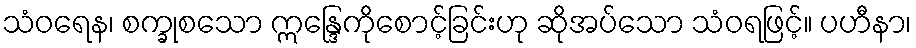
သံဝရေန၊ စက္ခုစသော ဣန္ဒြေကိုစောင့်ခြင်းဟု ဆိုအပ်သော သံဝရဖြင့်။ ပဟီနာ၊